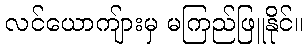
လင်ယောကျ်ားမှ မကြည်ဖြူနိုင်။